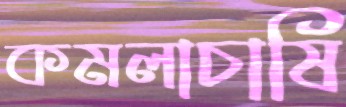
কমলাচাষি